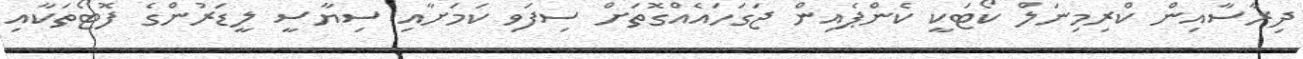
ދިރާސާއިން ކްރިމިނަލް ކޯޓަކީ ކެންޕެއިން ޖަގަހައެއްގޮތަށް ސިފަވި ކަމަށާއި ސިޔާސީ ލީޑަރުންގެ ފޮޓޯތަކާއި